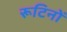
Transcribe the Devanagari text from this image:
रूटिनों